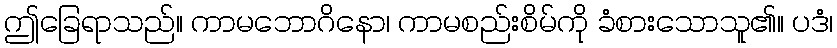
ဤခြေရာသည်။ ကာမဘောဂိနော၊ ကာမစည်းစိမ်ကို ခံစားသောသူ၏။ ပဒံ၊